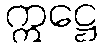
ဣဋ္ဌေ